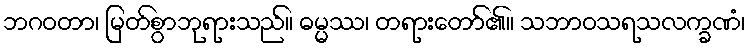
ဘဂဝတာ၊ မြတ်စွာဘုရားသည်။ ဓမ္မဿ၊ တရားတော်၏။ သဘာဝသရသလက္ခဏံ၊